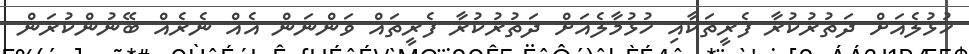
ހުޅުލެއަށް ދަތުރުކުރާ ފެރީތަކާއި ހުޅުމާލެއަށް ދަތުރުކުރާ ފެރީތައް ވަންނަން އެއް ނެރެއް ބޭނުންކުރަން